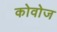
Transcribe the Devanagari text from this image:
कोवोज